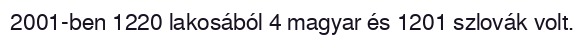
2001-ben 1220 lakosából 4 magyar és 1201 szlovák volt.